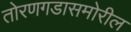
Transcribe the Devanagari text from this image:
तोरणगडासमोरील